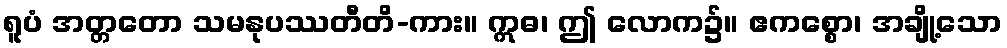
ရူပံ အတ္တတော သမနုပဿတီတိ-ကား။ ဣဓ၊ ဤ လောက၌။ ဧကစ္စော၊ အချို့သော